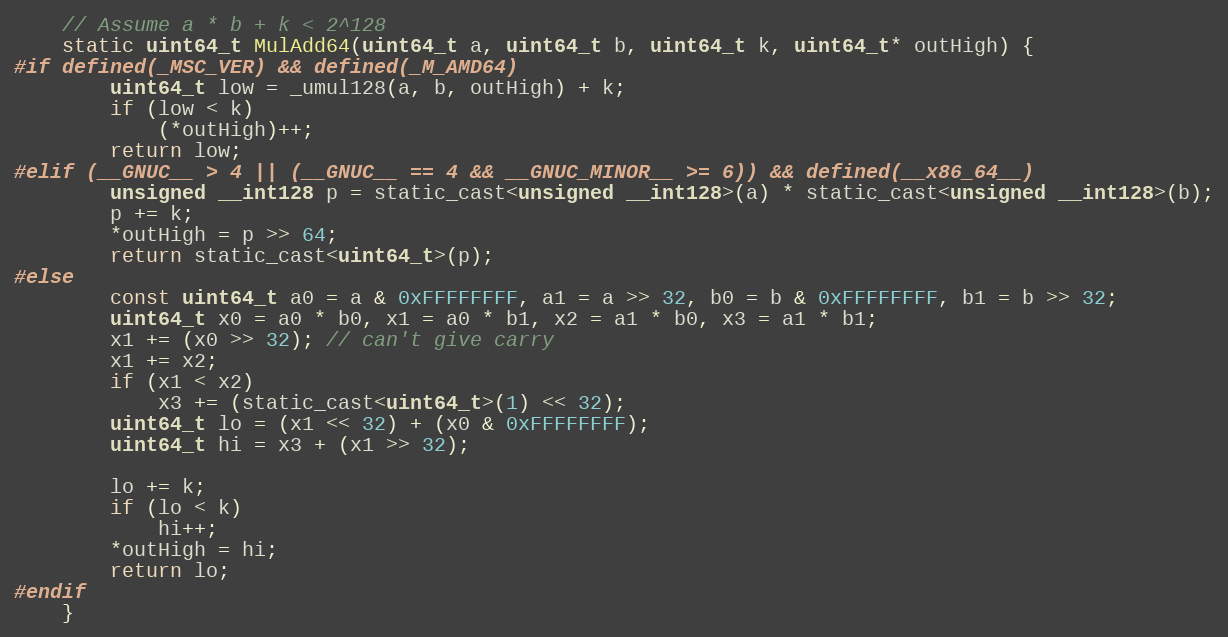
Language: C
    // Assume a * b + k < 2^128
    static uint64_t MulAdd64(uint64_t a, uint64_t b, uint64_t k, uint64_t* outHigh) {
#if defined(_MSC_VER) && defined(_M_AMD64)
        uint64_t low = _umul128(a, b, outHigh) + k;
        if (low < k)
            (*outHigh)++;
        return low;
#elif (__GNUC__ > 4 || (__GNUC__ == 4 && __GNUC_MINOR__ >= 6)) && defined(__x86_64__)
        unsigned __int128 p = static_cast<unsigned __int128>(a) * static_cast<unsigned __int128>(b);
        p += k;
        *outHigh = p >> 64;
        return static_cast<uint64_t>(p);
#else
        const uint64_t a0 = a & 0xFFFFFFFF, a1 = a >> 32, b0 = b & 0xFFFFFFFF, b1 = b >> 32;
        uint64_t x0 = a0 * b0, x1 = a0 * b1, x2 = a1 * b0, x3 = a1 * b1;
        x1 += (x0 >> 32); // can't give carry
        x1 += x2;
        if (x1 < x2)
            x3 += (static_cast<uint64_t>(1) << 32);
        uint64_t lo = (x1 << 32) + (x0 & 0xFFFFFFFF);
        uint64_t hi = x3 + (x1 >> 32);

        lo += k;
        if (lo < k)
            hi++;
        *outHigh = hi;
        return lo;
#endif
    }